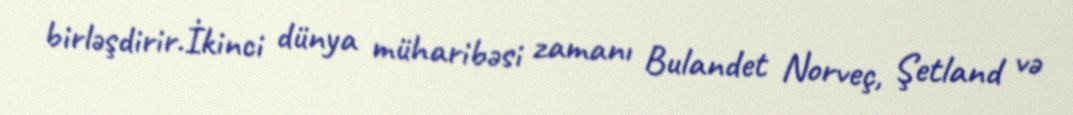
birləşdirir.İkinci dünya müharibəsi zamanı Bulandet Norveç, Şetland və